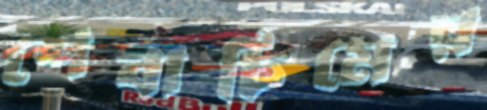
শেবাচিমের